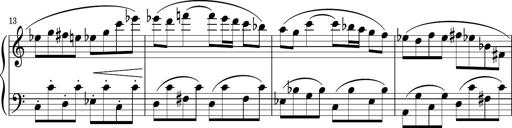
Title: Sonatina PandemÃ³nium
Composer: VÃ­ctor Carbajo
Key: C major